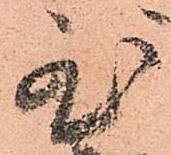
至